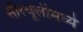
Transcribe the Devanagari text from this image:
सौरचूलीमध्ये